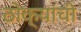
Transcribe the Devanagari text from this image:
ठोक्यांची